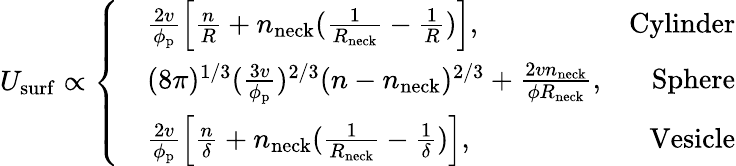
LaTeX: U_{\mathrm{surf}}\propto\left\{ \begin{array}{rlr}&{\frac{2v}{\phi_{\mathrm{p}}}\left[\frac{n}{R}+n_{\mathrm{neck}}(\frac{1}{R_{\mathrm{neck}}}-\frac{1}{R})\right],}&{\mathrm{Cylinder}}\\ &{(8\pi)^{1/3}(\frac{3v}{\phi_{\mathrm{p}}})^{2/3}(n-n_{\mathrm{neck}})^{2/3}+\frac{2vn_{\mathrm{neck}}}{\phi R_{\mathrm{neck}}},}&{\mathrm{Sphere}}\\ &{\frac{2v}{\phi_{\mathrm{p}}}\left[\frac{n}{\delta}+n_{\mathrm{neck}}(\frac{1}{R_{\mathrm{neck}}}-\frac{1}{\delta})\right],}&{\mathrm{Vesicle}}\end{array}\right.